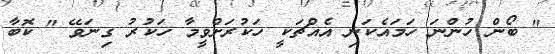
" ބޯން ހުންނަ ހަމައެކަނި އެއްޗަކީ ހަކުރަށްވީމާ ހަކުރު ގިނަވޭ " ކޮބާ